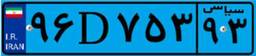
۳۷D۸۵۴۶۸